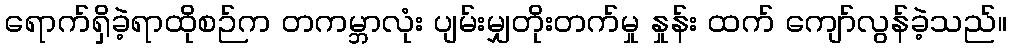
ရောက်ရှိခဲ့ရာထိုစဉ်က တကမ္ဘာလုံး ပျမ်းမျှတိုးတက်မှု နှုန်း ထက် ကျော်လွန်ခဲ့သည်။